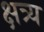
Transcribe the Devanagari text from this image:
क्षत्र्य